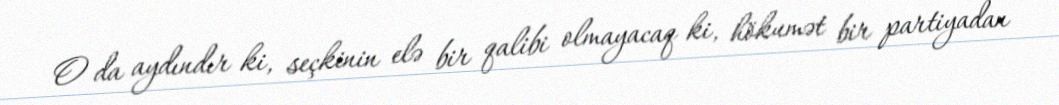
O da aydındır ki, seçkinin elə bir qalibi olmayacaq ki, hökumət bir partiyadan